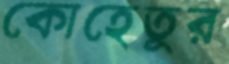
কোহেতুর